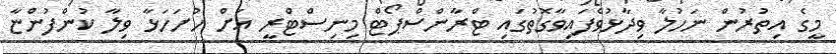
މީގެ އިތުރުން ނަހުލާ ވިދާޅުވެފައިވާގޮތުގައި ޓްރާންސްޕޯޓް މިނިސްޓްރީ އަށް ހުށަހަޅާ ވިލާ ކުންފުންޏާ